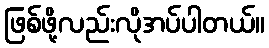
ဖြစ်ဖို့လည်းလိုအပ်ပါတယ်။